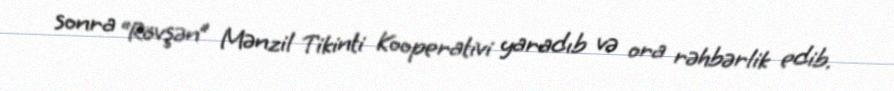
sonra “Rövşən” Mənzil Tikinti Kooperativi yaradıb və ora rəhbərlik edib.